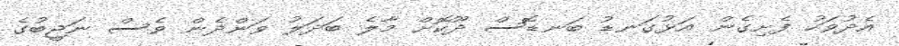
އެދުވަހު ފެށިގެން އަޅުގަނޑު ބަނޑޮސް ދޫކޮށް މާލެ ބަދަލު ވަންދެން ވެސް ނަޖީބުގެ